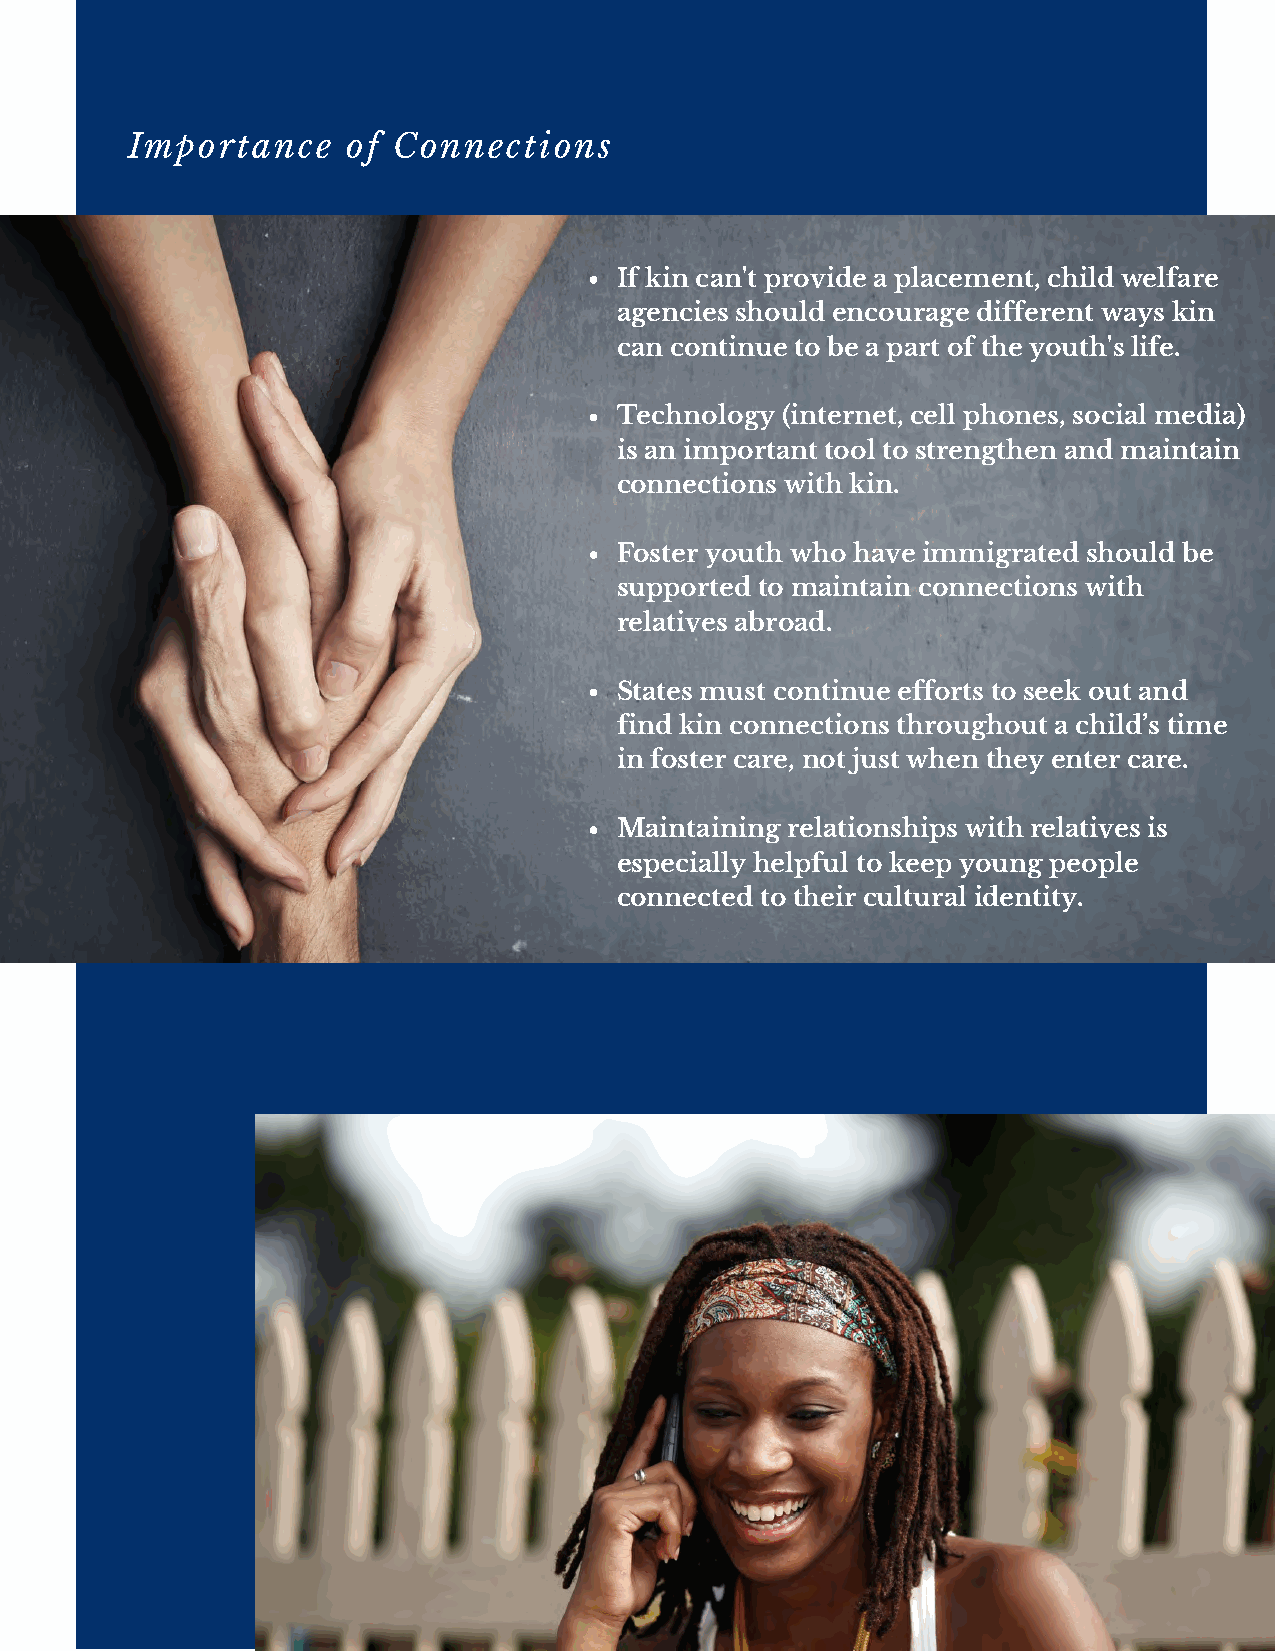
Importance     of Connections
 If kin can't provide a placement, child welfare
 agencies should encourage different ways kin
 can continue to be a part of the youth's life.
 Technology (internet, cell phones, social media)
 is an important tool to strengthen and maintain
 connections with kin.
 Foster youth who have immigrated should be
 supported to maintain connections with
 relatives abroad.
 States must continue efforts to seek out and
 find kin connections throughout a child’s time
 in foster care, not just when they enter care.
 Maintaining relationships with relatives is
 especially helpful to keep young people
 connected to their cultural identity.